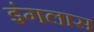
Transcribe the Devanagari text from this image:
इंगलास